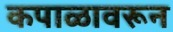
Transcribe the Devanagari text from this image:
कपाळावरून